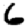
Digit: 6